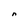
Character: n